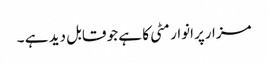
مزارپرانوار مٹی کا ہے جو قابل دید ہے ۔